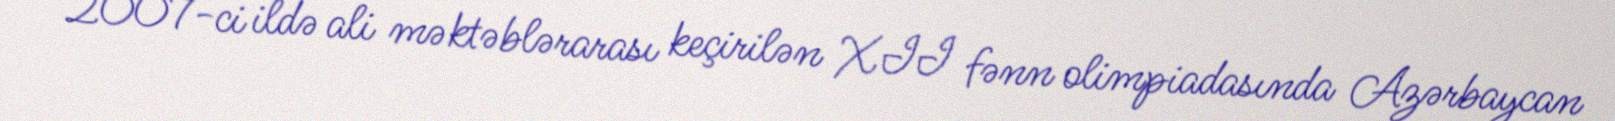
2007-ci ildə ali məktəblərarası keçirilən XII fənn olimpiadasında Azərbaycan